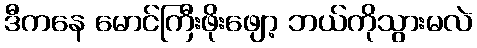
ဒီကနေ မောင်ကြီးဖိုးဖျော့ ဘယ်ကိုသွားမလဲ